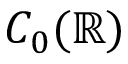
C _ { 0 } ( \mathbb { R } )